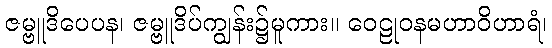
ဇမ္ဗူဒိပေပန၊ ဇမ္ဗူဒိပ်ကျွန်း၌မူကား။ ဝေဠုဝနမဟာဝိဟာရံ၊